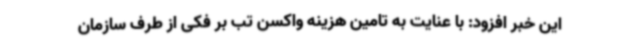
این خبر افزود: با عنایت به تامین هزینه واکسن تب بر فکی از طرف سازمان